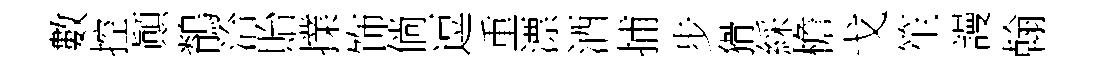
數控顚鶺洽貽擈饰倘逗重漂酒捕步猾綵檐戈笙謾翰